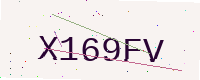
Text: X169FV